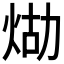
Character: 𤈸